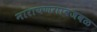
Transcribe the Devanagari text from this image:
नारायणगावजवळ